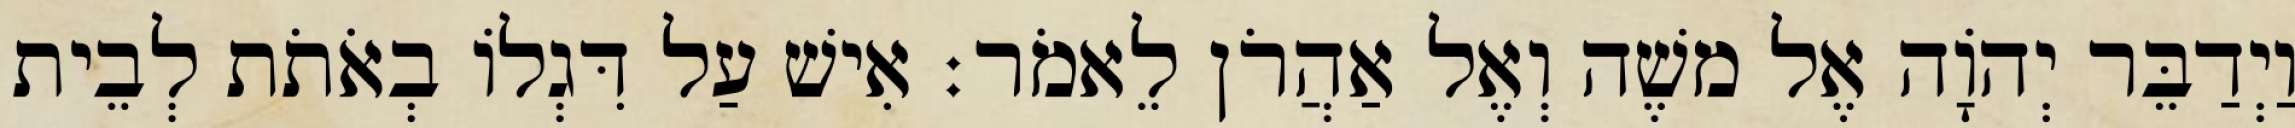
וַיְדַבֵּר יְהֹוָה אֶל משֶׁה וְאֶל אַהֲרֹן לֵאמֹר׃ אִישׁ עַל דִּגְלוֹ בְאֹתֹת לְבֵית